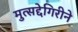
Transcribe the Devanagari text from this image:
मुत्सद्देगिरीने